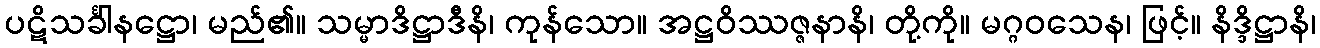
ပဋိသင်္ခါနဋ္ဌော၊ မည်၏။ သမ္မာဒိဋ္ဌာဒီနိ၊ ကုန်သော။ အဋ္ဌဝိဿဇ္ဇနာနိ၊ တို့ကို။ မဂ္ဂဝသေန၊ ဖြင့်။ နိဒ္ဒိဋ္ဌာနိ၊